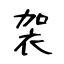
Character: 袈